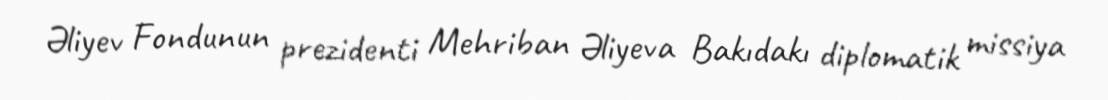
Əliyev Fondunun prezidenti Mehriban Əliyeva Bakıdakı diplomatik missiya